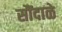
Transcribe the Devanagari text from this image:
सौंदाळे